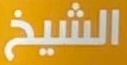
الشيخ